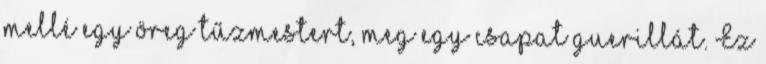
mellé egy öreg tűzmestert, meg egy csapat guerillát. Ez